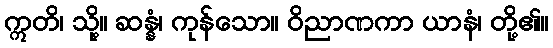
ဣတိ၊ သို့။ ဆန္နံ၊ ကုန်သော။ ဝိညာဏကာ ယာနံ၊ တို့၏။